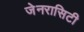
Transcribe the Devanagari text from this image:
जेनरासिटी